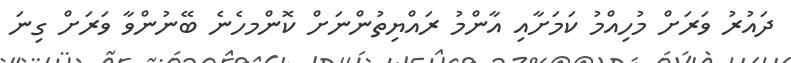
ދައުރު ވަރަށް މުހިއްމު ކަމަށާއި އާންމު ރައްޔިތުންނަށް ކޮންމހެނެ ބޭނުންވާ ވަރަށް ގިނަ